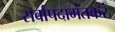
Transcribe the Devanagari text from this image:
सर्वापदामंतकरं